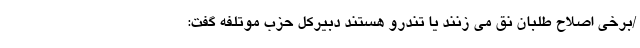
/برخی اصلاح طلبان نق می زنند یا تندرو هستند دبیرکل حزب موتلفه گفت: